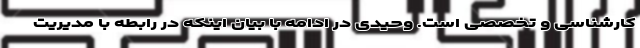
کارشناسی و تخصصی است. وحیدی در ادامه با بیان اینکه در رابطه با مدیریت